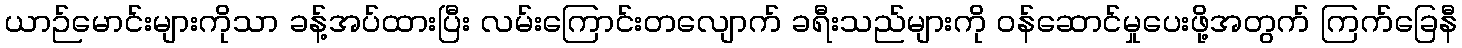
ယာဉ်မောင်းများကိုသာ ခန့်အပ်ထားပြီး လမ်းကြောင်းတလျောက် ခရီးသည်များကို ဝန်ဆောင်မှုပေးဖို့အတွက် ကြက်ခြေနီ